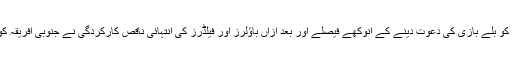
بلوم فاؤنٹین کے شیورلے پارک میں ہونے والے مقابلے میں ٹاس جیت کر جنوبی افریقہ کو بلے بازی کی دعوت دینے کے انوکھے فیصلے اور بعد ازاں باؤلرز اور فیلڈرز کی انتہائی ناقص کارکردگی نے جنوبی افریقہ کو محض 4 وکٹوں کے نقصان پر 315 رنز کا بھاری مجموعہ اکٹھا کرنے کا موقع دیا۔